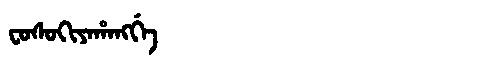
Manchu: ᠸᠣᠰᠣᡴᡳᠶᠠᡥᠠᠩᡤᡝ
Romanization: FOSOKIYAHANGGE